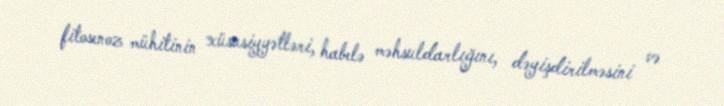
fitosenoz mühitinin xüsusiyyətləri, habelə məhsuldarlığını, dəyişdirilməsini və